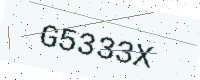
Text: G5333X